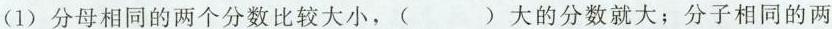
(1)分母相同的两个分数比较大小，()大的分数就大；分子相同的两